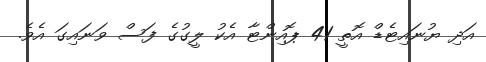
އަދި ޔުނައިޓެޑް އޮތީ 41 ޕޮއިންޓާ އެކު ލީގުގެ ފަސް ވަނައިގަ އެވެ.